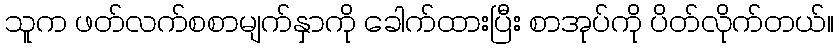
သူက ဖတ်လက်စစာမျက်နှာကို ခေါက်ထားပြီး စာအုပ်ကို ပိတ်လိုက်တယ်။